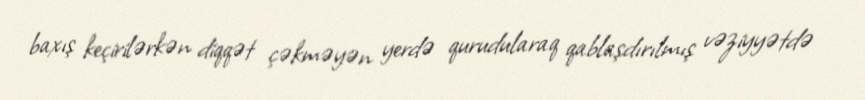
baxış keçirilərkən diqqət çəkməyən yerdə qurudularaq qablaşdırılmış vəziyyətdə